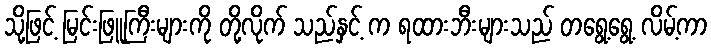
သို့ဖြင့် မြင်းဖြူကြီးများကို တို့လိုက် သည်နှင့် က ရထားဘီးများသည် တရွေ့ရွေ့ လိမ့်ကာ